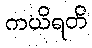
ကယိရတိ